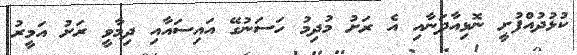
ކުޅުދުއްފުށީ ނޮޅިއާދަނާއި އެ ރަށު މުދިމު ހަސަނުގޭ އައިސައާއި ދިމާވީ ރަށު އަމީރު